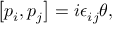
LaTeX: \left[ p _ { i } , p _ { j } \right] = i \epsilon _ { i j } \theta ,